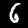
Label: 6